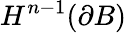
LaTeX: H^{n-1}(\partial B)